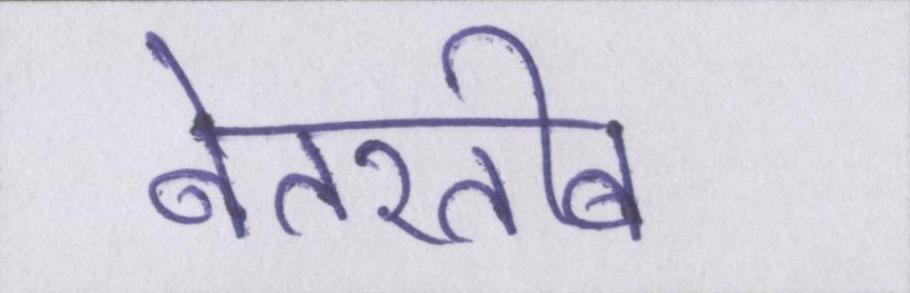
बेतरतीब